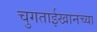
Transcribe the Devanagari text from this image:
चुगताईखानच्या